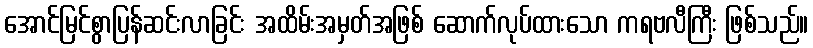
အောင်မြင်စွာပြန်ဆင်းလာခြင်း အထိမ်းအမှတ်အဖြစ် ဆောက်လုပ်ထားသော ကရဗလီကြီး ဖြစ်သည်။